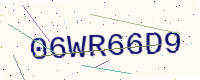
Text: 06WR66D9